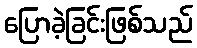
ပြောခဲ့ခြင်းဖြစ်သည်